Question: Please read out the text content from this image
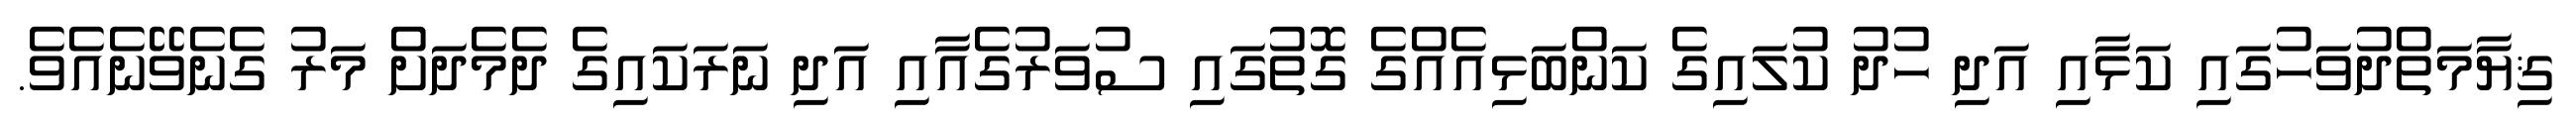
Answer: ޤިޔާމަތްދުވަހުގައި ކަޅާއި އަދި ހުދު ކުލައިގެ ކަންބަޅިއެއްގެ ގޮތުގައި ސުވަރުގެއާއި އަދި ނަރަކައިގެ ދެމެދަށް މަރު ގެނެވޭނެއެވެ.